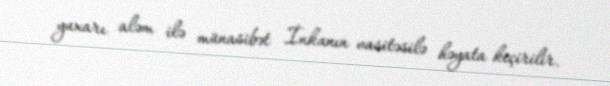
yuxarı aləm ilə münasibət İnkanın vasitəsilə həyata keçirilir.